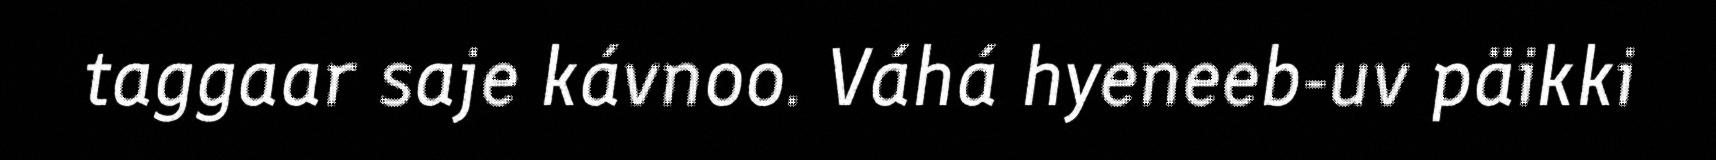
taggaar saje kávnoo. Váhá hyeneeb-uv päikki